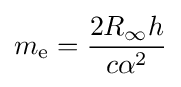
m_{\rm {e}}={\frac {2R_{\infty }h}{c\alpha ^{2}}}